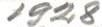
1928